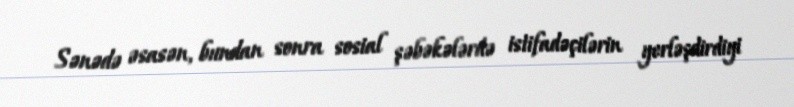
Sənədə əsasən, bundan sonra sosial şəbəkələrdə istifadəçilərin yerləşdirdiyi